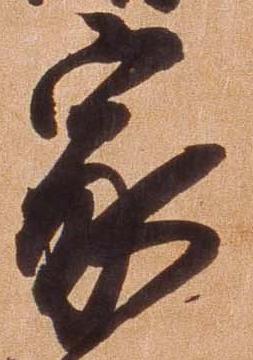
家